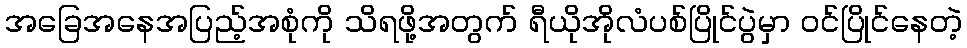
အခြေအနေအပြည့်အစုံကို သိရဖို့အတွက် ရီယိုအိုလံပစ်ပြိုင်ပွဲမှာ ဝင်ပြိုင်နေတဲ့